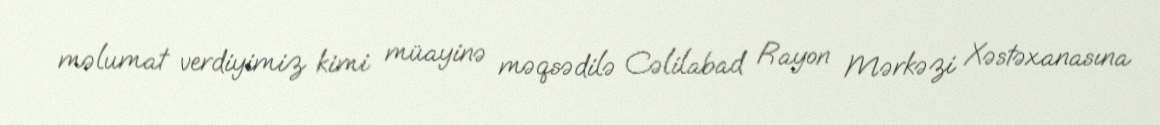
məlumat verdiyimiz kimi müayinə məqsədilə Cəlilabad Rayon Mərkəzi Xəstəxanasına